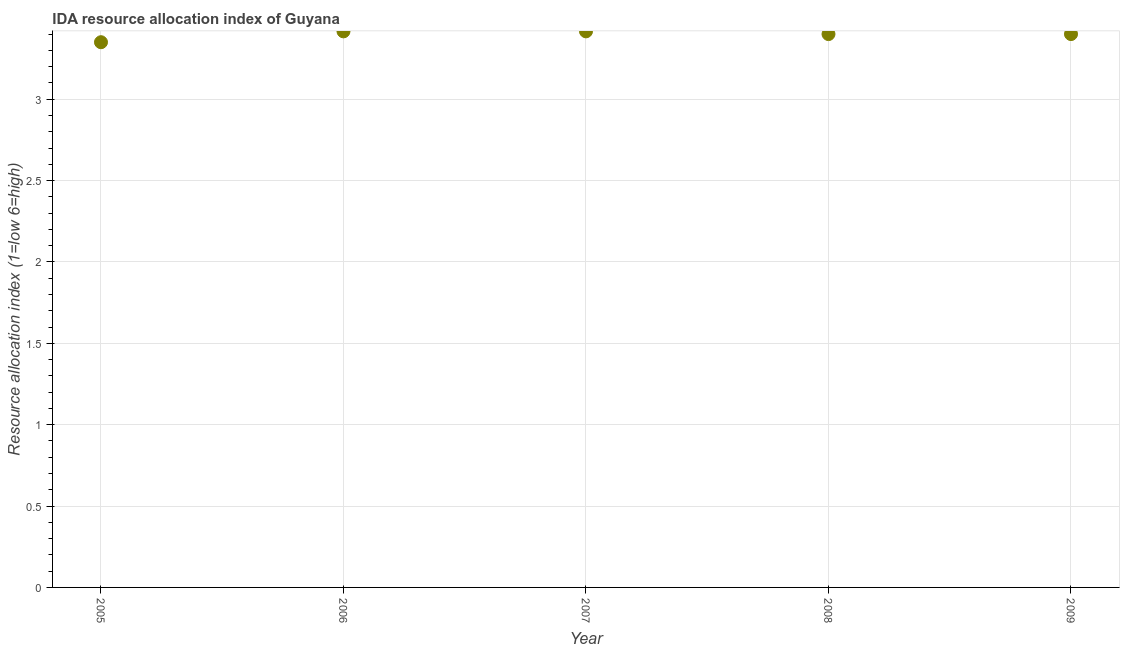
| Year | IDA resource allocation index |
 | --- | --- |
 | 2005 | 3.35 |
 | 2006 | 3.42 |
 | 2007 | 3.42 |
 | 2008 | 3.4 |
 | 2009 | 3.4 |